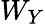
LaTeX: W_{Y}